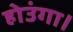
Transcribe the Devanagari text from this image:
होउंगा।